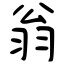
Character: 翁